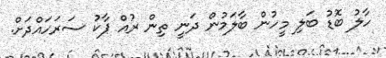
ހާލު ބޮޑު ބަލި މީހުން ބާލަމުން ދަނީ ތިން ރުއް ޕާކު ސަރަހައްދަށް.